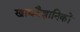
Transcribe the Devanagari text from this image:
खाद्यवैज्ञानिकों